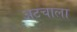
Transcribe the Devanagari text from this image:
अटचाला